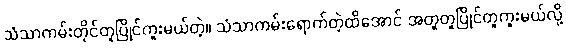
သံသာကမ်းတိုင်တူပြိုင်ကူးမယ်တဲ့။ သံသာကမ်းရောက်တဲ့ထိအောင် အတူတူပြိုင်တူကူးမယ်လို့